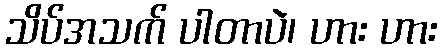
သိပ်အသက် ပါတာပဲ၊ ဟား ဟား